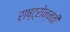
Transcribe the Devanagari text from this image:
राष्ट्रोन्नती